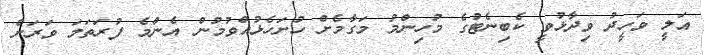
އަލީ ވަހީދު ވިދާޅުވީ ކެބިނެޓުގެ މުހިންމު މަގާމެށް ހުށަހެޅުއްވުމުން އެންމެ ފުރަތަމަ ވަރަށް